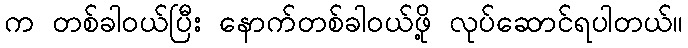
က တစ်ခါ၀ယ်ပြီး နောက်တစ်ခါ၀ယ်ဖို့ လုပ်ဆောင်ရပါတယ်။